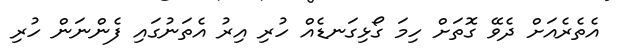
އެތެރެއަށް ދެވޭ ގޮތަށް ހިމަ ގޯޅިގަނޑެއް ހުރި އިރު އެތަނުގައި ފެންނަން ހުރި